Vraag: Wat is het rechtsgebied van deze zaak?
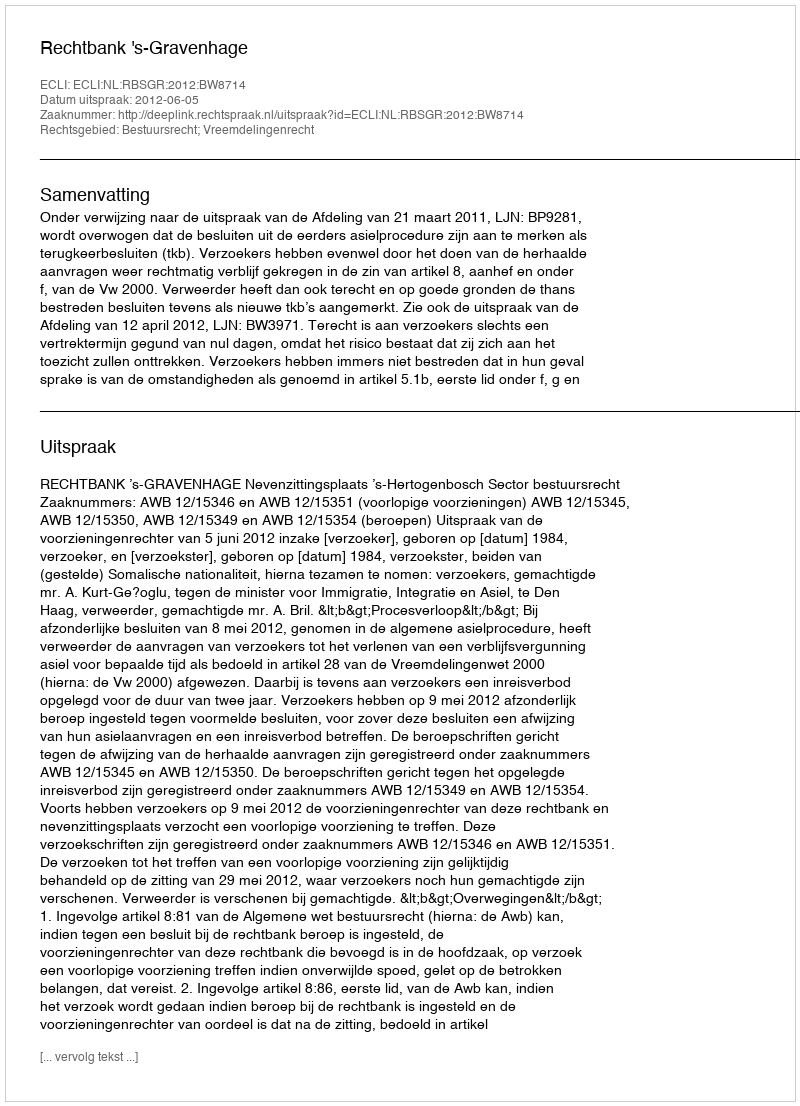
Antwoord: Bestuursrecht; Vreemdelingenrecht